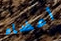
أعضاء